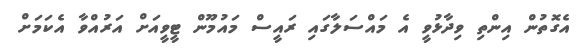
އެގޮތުން އިންތި ވިދާޅުވީ އެ މައްސަލާގައި ރައީސް މައުމޫން ޓީވީއަށް އަރުއްވާ އެކަމަށް